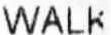
WALK